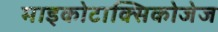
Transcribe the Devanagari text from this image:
माइकोटाक्सिकोजेज